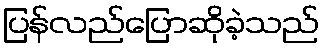
ပြန်လည်ပြောဆိုခဲ့သည်